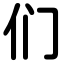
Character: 们